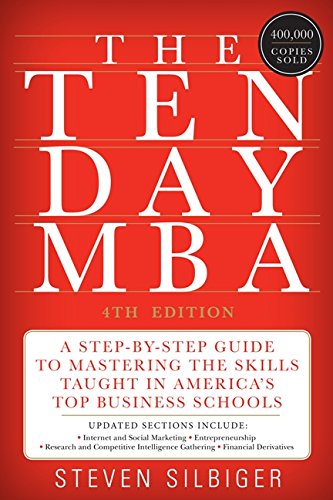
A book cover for The Ten-Day MBA 4th Ed.: A Step-by-Step Guide to Mastering the Skills Taught In America's Top Business Schools; Steven A. Silbiger; Business & Money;